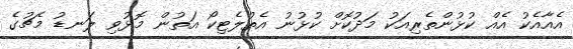
އެއާއެކު އެއް ކުޅުންތެރިއަކު މަދުކޮށް ކުޅުނު އެތުލެޓިކޯ އަތުން މޮޅުވި ލަނޑު މެޗުގެ